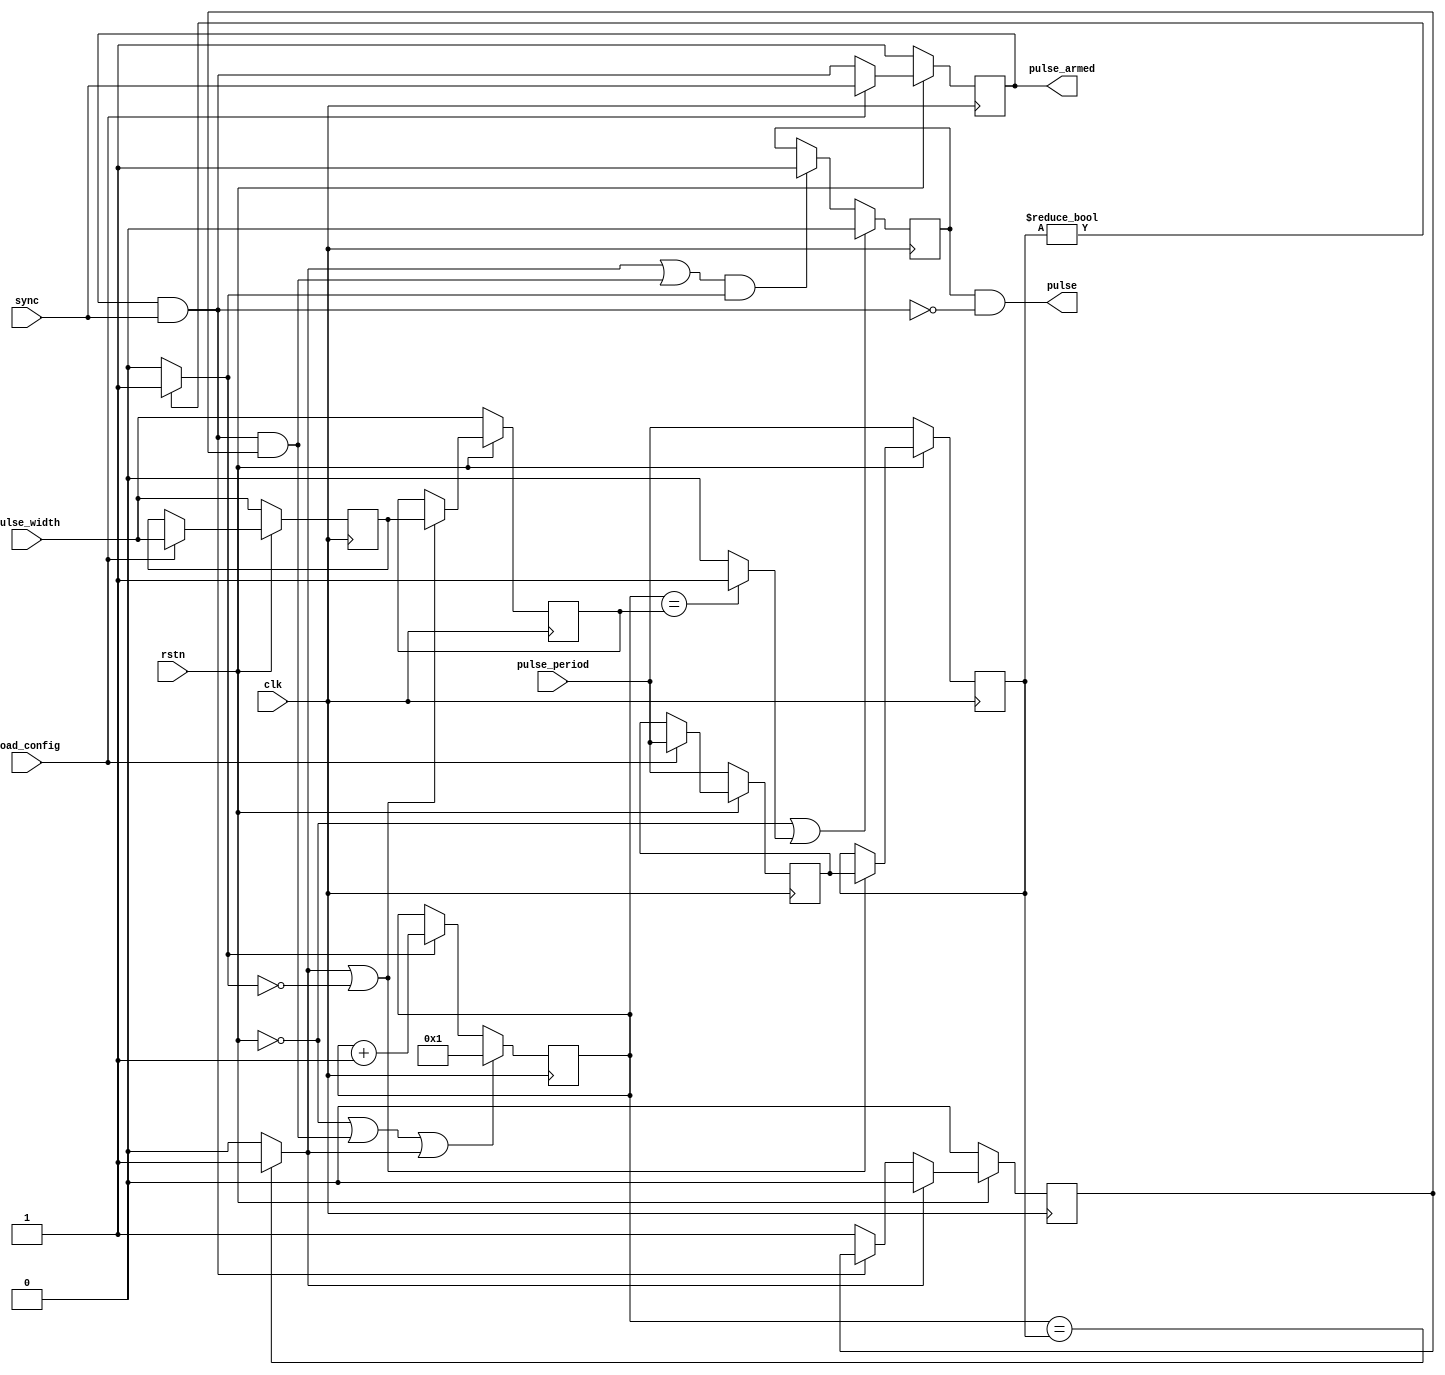
// ***************************************************************************
// ***************************************************************************
// Copyright (C) 2021-2023 Analog Devices, Inc. All rights reserved.
//
// In this HDL repository, there are many different and unique modules, consisting
// of various HDL (Verilog or VHDL) components. The individual modules are
// developed independently, and may be accompanied by separate and unique license
// terms.
//
// The user should read each of these license terms, and understand the
// freedoms and responsibilities that he or she has by using this source/core.
//
// This core is distributed in the hope that it will be useful, but WITHOUT ANY
// WARRANTY; without even the implied warranty of MERCHANTABILITY or FITNESS FOR
// A PARTICULAR PURPOSE.
//
// Redistribution and use of source or resulting binaries, with or without modification
// of this file, are permitted under one of the following two license terms:
//
//   1. The GNU General Public License version 2 as published by the
//      Free Software Foundation, which can be found in the top level directory
//      of this repository (LICENSE_GPL2), and also online at:
//      <https://www.gnu.org/licenses/old-licenses/gpl-2.0.html>
//
// OR
//
//   2. An ADI specific BSD license, which can be found in the top level directory
//      of this repository (LICENSE_ADIBSD), and also on-line at:
//      https://github.com/analogdevicesinc/hdl/blob/master/LICENSE_ADIBSD
//      This will allow to generate bit files and not release the source code,
//      as long as it attaches to an ADI device.
//
// ***************************************************************************
// ***************************************************************************
`timescale 1ns/1ps

module axi_pwm_gen_1 #(
  // the width and period are defined in number of clock cycles
  parameter   PULSE_WIDTH = 7,
  parameter   PULSE_PERIOD = 100000000
) (
  input               clk,
  input               rstn,

  input       [31:0]  pulse_width,
  input       [31:0]  pulse_period,
  input               load_config,
  input               sync,

  output              pulse,
  output              pulse_armed
);

  // internal registers

  reg     [31:0]               pulse_period_cnt = 32'h0;
  reg     [31:0]               pulse_period_read =  PULSE_PERIOD;
  reg     [31:0]               pulse_width_read = PULSE_WIDTH;
  reg     [31:0]               pulse_period_d = PULSE_PERIOD;
  reg     [31:0]               pulse_width_d = PULSE_WIDTH;
  reg                          phase_align_armed = 1'b1;
  reg                          pulse_i = 1'b0;
  reg                          busy = 1'b0;

  // internal wires

  wire                         phase_align;
  wire                         end_of_period;
  wire                         end_of_pulse;
  wire                         pulse_enable;

  // enable pwm

  assign pulse_enable = (pulse_period_d != 32'd0) ? 1'b1 : 1'b0;

  // flop the desired period

  always @(posedge clk) begin
    if (rstn == 1'b0) begin
      pulse_period_d <= pulse_period;
      pulse_width_d <= pulse_width;
      pulse_period_read <= pulse_period;
      pulse_width_read <= pulse_width;
    end else begin
      // load the input period/width values
      if (load_config) begin
        pulse_period_read <= pulse_period;
        pulse_width_read <= pulse_width;
      end
      // update the current period/width at the end of the period
      if (end_of_period | ~pulse_enable) begin
        pulse_period_d <= pulse_period_read;
        pulse_width_d <= pulse_width_read;
      end
    end
  end

  // phase align to the first sync pulse until another load_config

  always @(posedge clk) begin
    if (rstn == 1'b0) begin
      phase_align_armed <= 1'b1;
    end else begin
      if (load_config == 1'b1) begin
        phase_align_armed <= sync;
      end else begin
        phase_align_armed <= phase_align_armed & sync;
      end
    end
  end

  always @(posedge clk) begin
    if (rstn == 1'b0) begin
      busy <= 1'b0;
    end else begin
      if (end_of_period) begin
        busy <= 1'b0;
      end else if ( ~(phase_align_armed & sync)) begin
        busy <= 1'b1;
      end
    end
  end

  assign phase_align = phase_align_armed & sync & busy;

  // a free running counter

  always @(posedge clk) begin
    if (rstn == 1'b0 || phase_align == 1'b1 || end_of_period == 1'b1) begin
      pulse_period_cnt <= 32'd1;
    end else begin
      if (pulse_enable == 1'b1) begin
        pulse_period_cnt <= pulse_period_cnt + 1'b1;
      end
    end
  end

  assign end_of_period = (pulse_period_cnt == pulse_period_d) ? 1'b1 : 1'b0;
  assign end_of_pulse = (pulse_period_cnt == pulse_width_d) ? 1'b1 : 1'b0;

  // generate pulse with a specified width

  always @ (posedge clk) begin
    if ((rstn == 1'b0) || (end_of_pulse == 1'b1)) begin
      pulse_i <= 1'b0;
    end else if ((end_of_period == 1'b1 || phase_align == 1'b1) && pulse_enable == 1'b1) begin
      pulse_i <= 1'b1;
    end
  end

  assign pulse = pulse_i & !(phase_align_armed & sync);
  assign pulse_armed = phase_align_armed;

endmodule